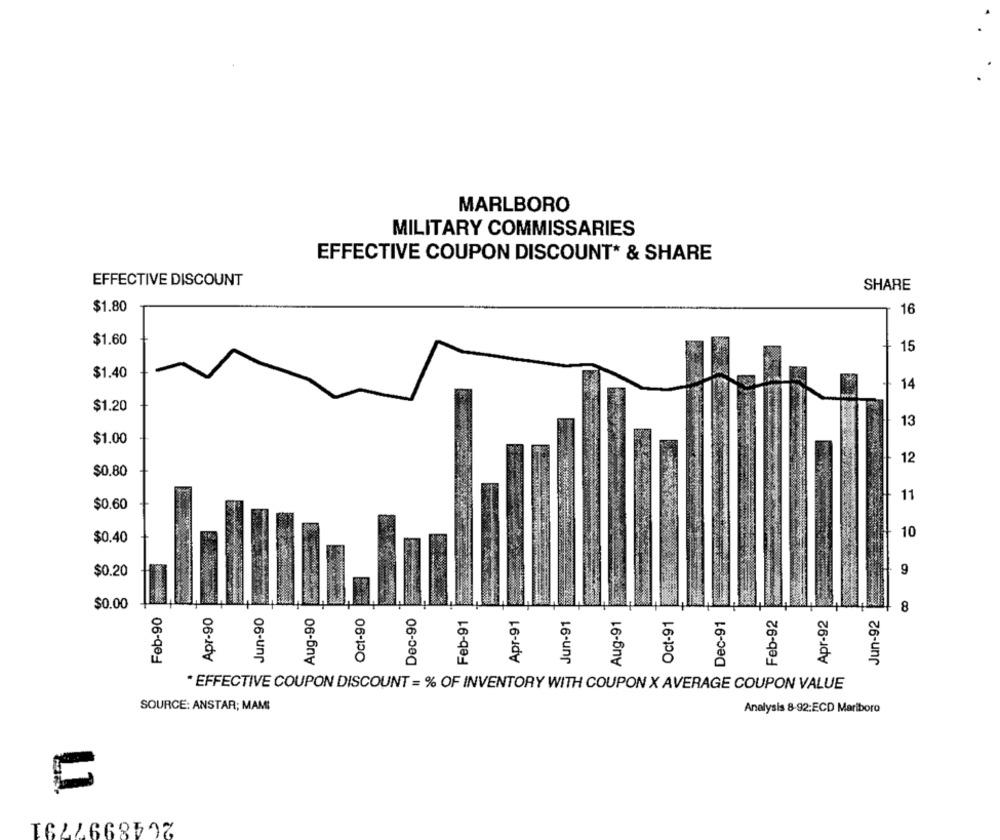
MARLBORO
MILITARY COMMISSARIES
EFFECTIVE COUPON DISCOUNT* & SHARE
EFFECTIVE DISCOUNT
SHARE
$1.80
16
$1.60
15
$1.40
14
$1.20
13
$1.00
12
$0.80
$0.60
11
10
$0.40
$0.20
9
$0.00
Feb-90
Apr-90
Jun-90
Aug-90
Oct-90
Dec-90
Feb-91
Apr-91
Jun-91
Aug-91
Oct-91
Dec-91
Feb-92
Apr-92
Jun-92
8
* EFFECTIVE COUPON DISCOUNT = % OF INVENTORY WITH COUPON X AVERAGE COUPON VALUE
SOURCE: ANSTAR; MAM:
Analysis 8-92:ECD Mariboro
C
2648997791